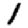
Digit: 1